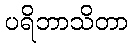
ပရိဘာသိတာ